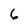
Character: 6